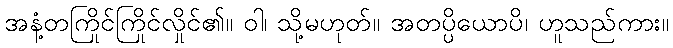
အနံ့တကြိုင်ကြိုင်လှိုင်၏။ ဝါ၊ သို့မဟုတ်။ အတပ္ပိယောပိ၊ ဟူသည်ကား။